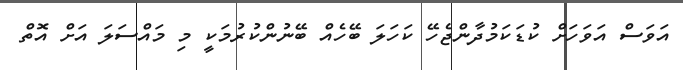
އަވަސް އަވަހަށް ކުޑަކަމުދާންޖެހޭ ކަހަލަ ބޭހެއް ބޭނުންކުރުމަކީ މި މައްސަލަ އަށް އޮތް